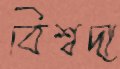
বিশ্বদা